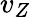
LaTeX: v_{Z}